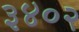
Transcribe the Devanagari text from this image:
३४०२